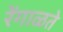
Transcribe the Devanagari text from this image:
रेंगाळते